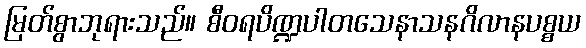
မြတ်စွာဘုရားသည်။ စီဝရပိဏ္ဍပါတသေနာသနဂိလာနပစ္စယ